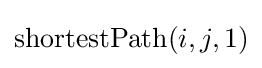
\mathrm {shortestPath} (i,j,1)